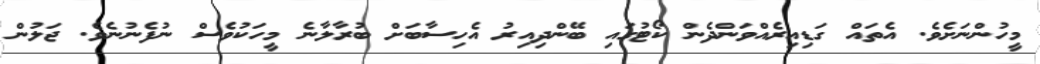
މީހުންނަށެވެ. އެތައް ގަޑިއިރެއްވަންދެން ކޯޓުގައި ބޭންދިއިރު އެހިސާބަށް ބުރާލާނެ މީހަކުވެސް ނުފެނުނެވެ. ޖަލުން